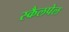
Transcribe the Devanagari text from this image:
स्कैलपेल